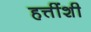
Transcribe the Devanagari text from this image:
हत्तींशी